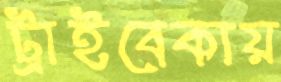
ট্রাইবেকায়